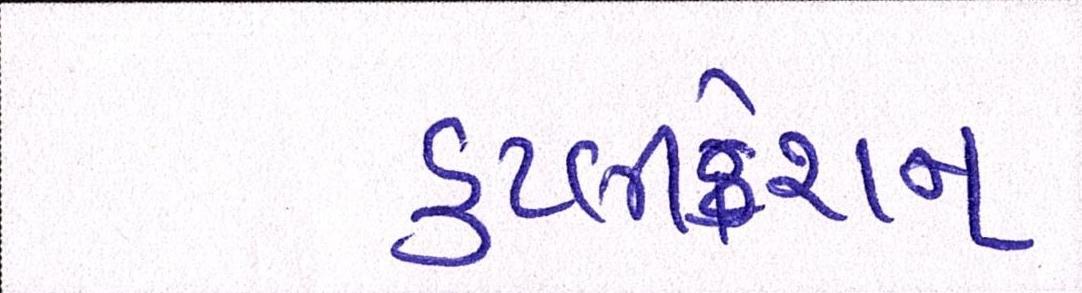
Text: ડુપ્લીકેશન